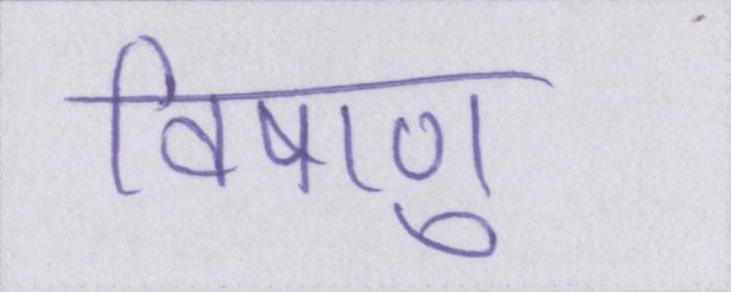
विषाणु